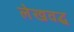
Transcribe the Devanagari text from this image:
लेखवद्ध